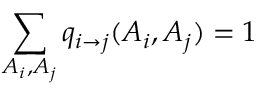
\sum _ { A _ { i } , A _ { j } } q _ { i \to j } ( A _ { i } , A _ { j } ) = 1